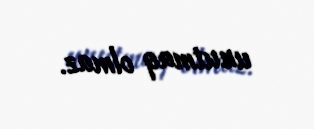
unutmaq olmaz.